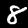
Label: 8